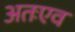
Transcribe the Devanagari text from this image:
अतःएव